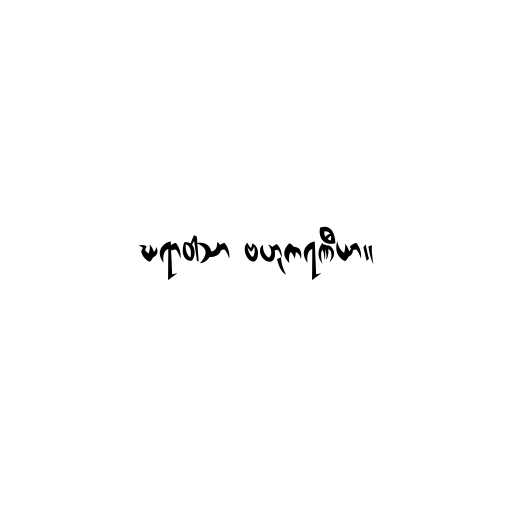
ဃရာဝါသာ ဗဟုကရဏီယာ။